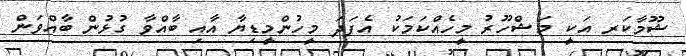
ޝޫމާކަރ އަކީ މަޝްހޫރު މީހެއްކަމަކު އެފަދަ މީހުންމީޑިޔާ އާއި ބާއްވާ ގުޅުން ބާއްވަން